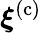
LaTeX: {\boldsymbol{\xi}}^{(\mathrm{c})}